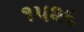
૧૫૨૬